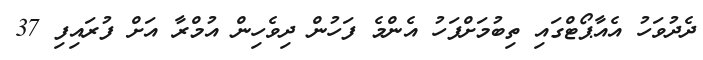
ދެދުވަހު އެއާޕޯޓްގައި ތިބުމަށްފަހު އެންމެ ފަހުން ދިވެހިން އުމްރާ އަށް ފުރައިފި 37